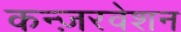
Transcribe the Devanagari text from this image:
कन्ज़रवेशन